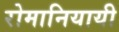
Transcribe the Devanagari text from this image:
रोमानियायी